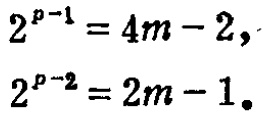
\[
\begin{align*}
2^{p - 1}&=4m - 2,\\
2^{p - 2}&=2m - 1.
\end{align*}
\]